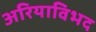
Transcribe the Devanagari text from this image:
अरियाविभद